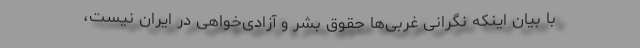
با بیان اینکه نگرانی غربی‌ها حقوق بشر و آزادی‌خواهی در ایران نیست،